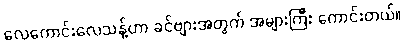
လေကောင်းလေသန့်ဟာ ခင်ဗျားအတွက် အများကြီး ကောင်းတယ်။